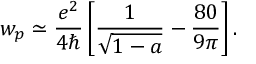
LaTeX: w _ { p } \simeq \frac { e ^ { 2 } } { 4 \hbar } \left[ \frac { 1 } { \sqrt { 1 - a } } - \frac { 8 0 } { 9 \pi } \right] .